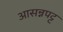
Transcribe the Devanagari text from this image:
आसन्नपट्ट